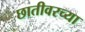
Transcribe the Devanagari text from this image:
छातीवरच्या